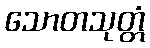
သောတသုတ္တံ